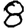
Digit: 8